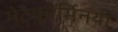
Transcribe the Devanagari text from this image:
मेटफॉर्मिनया